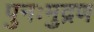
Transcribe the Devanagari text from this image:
पुनःमुद्रण